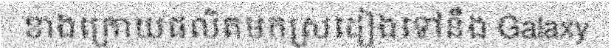
ខាងក្រោយផលិតមកស្រដៀងទៅនឹង Galaxy